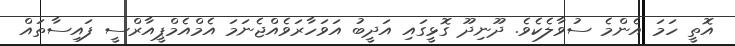
އޮތީ ހަމަ އެންމެ ސުވާލެކެވެ. ދޫނިދޫ ގޮޅީގައި އަދީބު އަވަހާރަވެއްޖެނަމަ އެމްއެމްޕީއާރްސީ ފައިސާތައް